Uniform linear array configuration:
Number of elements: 16
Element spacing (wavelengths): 0.5
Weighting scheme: blackman
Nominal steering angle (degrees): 45
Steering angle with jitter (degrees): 45.924
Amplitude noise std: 0.05
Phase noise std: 0.05

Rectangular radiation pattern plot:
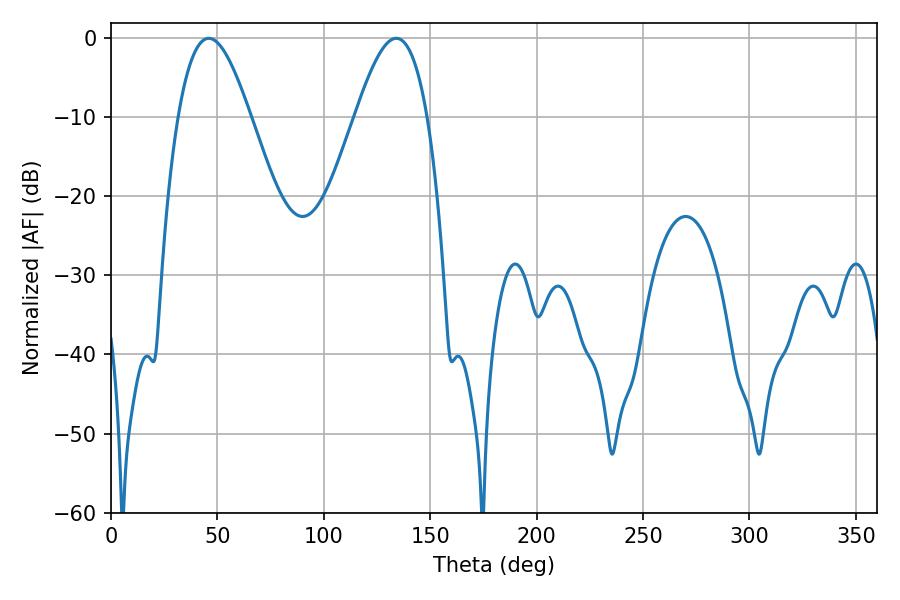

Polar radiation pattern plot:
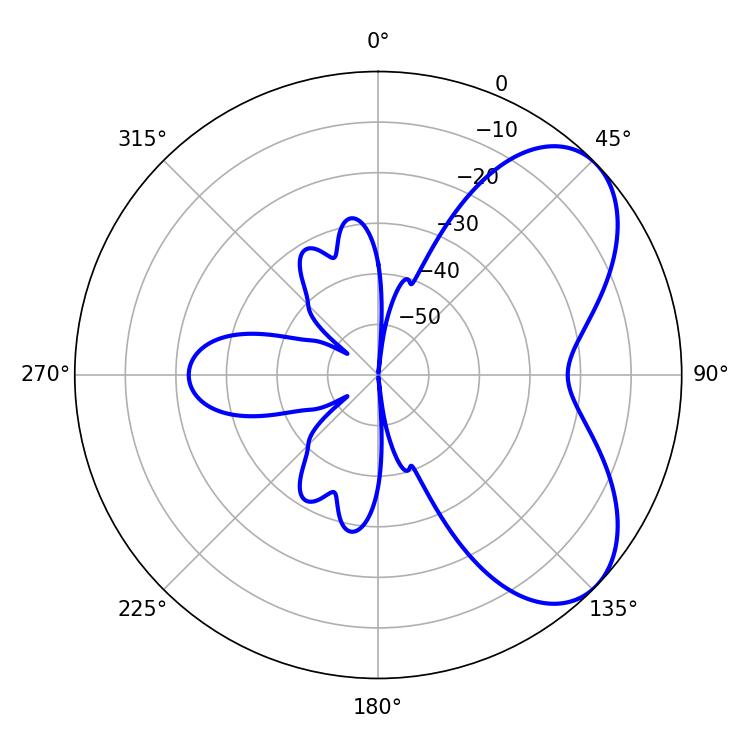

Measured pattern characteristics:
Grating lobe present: FALSE
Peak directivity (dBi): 5.918
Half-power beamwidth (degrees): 18.36
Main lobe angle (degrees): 45.9